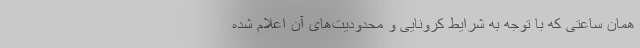
همان ساعتی که با توجه به شرایط کرونایی و محدودیت‌های آن اعلام شده